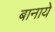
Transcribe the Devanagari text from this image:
बानाये